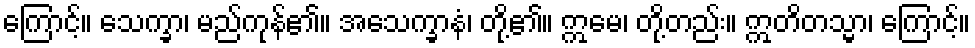
ကြောင့်။ သေက္ခာ၊ မည်ကုန်၏။ အသေက္ခာနံ၊ တို့၏။ ဣမေ၊ တို့တည်း။ ဣတိတသ္မာ၊ ကြောင့်။